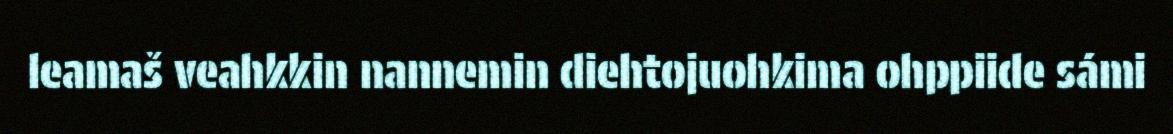
leamaš veahkkin nannemin diehtojuohkima ohppiide sámi